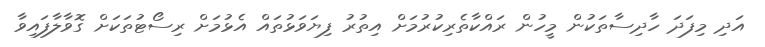
އަދި މިފަދަ ހާދިސާތަކުން މީހުން ރައްކާތެރިކުރުމަށް އިތުރު ފިޔަވަޅުތައް އެޅުމަށް ރިސޯޓުތަކަށް ގޮވާލާފައިވާ